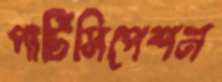
পার্টিসিপেশন